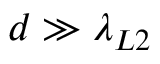
d \gg \lambda _ { L 2 }